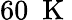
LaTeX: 60~\mathrm{~K~}